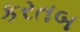
કરતબ